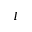
I